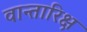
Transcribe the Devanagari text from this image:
वान्तारिक्ष